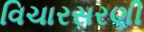
વિચારસરણી